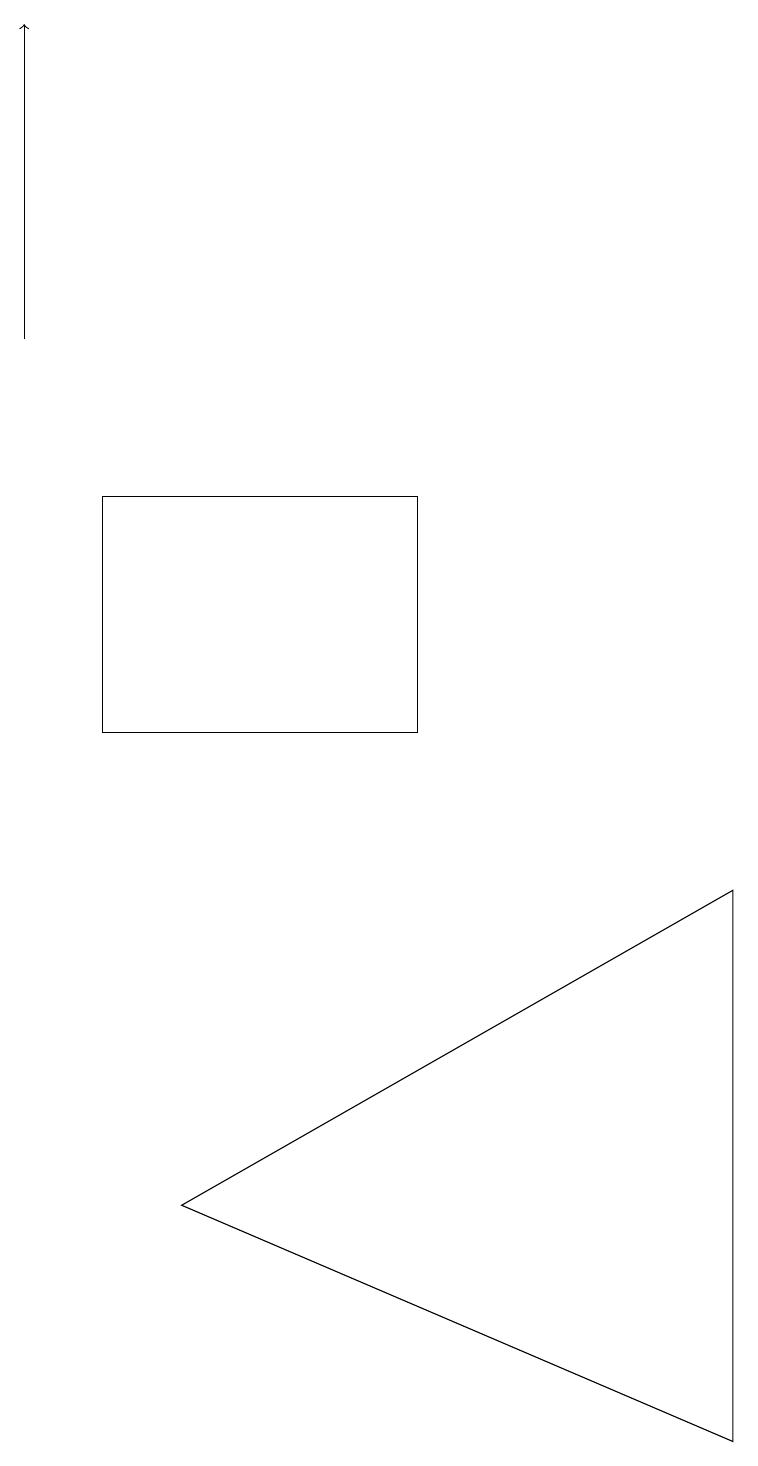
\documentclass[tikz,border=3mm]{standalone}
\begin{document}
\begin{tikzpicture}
\draw (5,10) rectangle (1,13);
\draw (9,8) -- (9,1) -- (2,4) -- cycle;
\draw[->] (0,15) -- (0,19);
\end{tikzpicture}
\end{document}